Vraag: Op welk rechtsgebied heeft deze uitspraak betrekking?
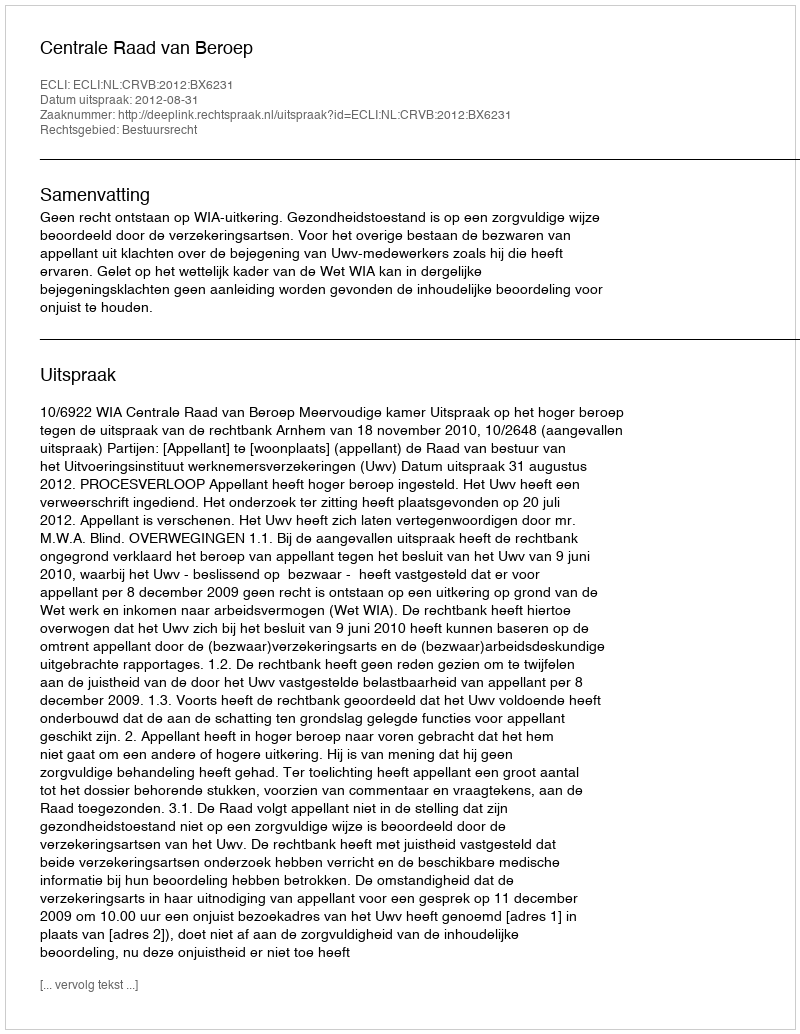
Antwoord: Bestuursrecht